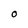
Character: O